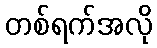
တစ်ရက်အလို